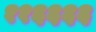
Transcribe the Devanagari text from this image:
११६६६६